King Institute of Preventive Medicine Micro-Biological Section reports 1909-11
Year: 1909
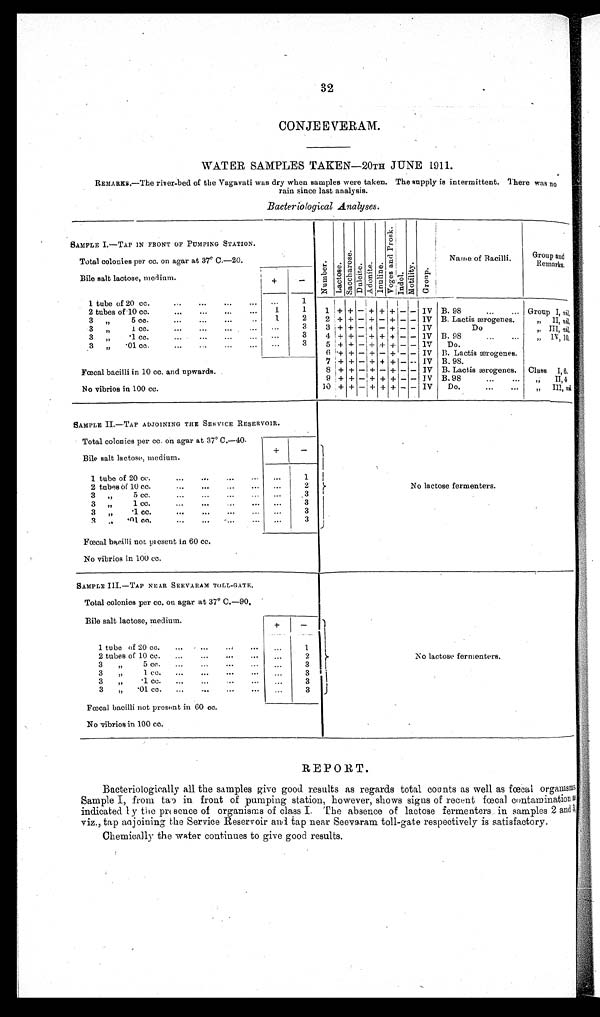
32
CONJEEVERAM.
WATER SAMPLES TAKEN—20TH JUNE 1911.
REMARKS.—The river-bed of the Vagavati was dry when samples were taken. The supply is intermittent. There was no
rain since last analysis.
Bacteriological Analyses.
SAMPLE I.—TAP IN FRONT OF PUMPING STATION.
N u m b e r . Lact os e.
S a c c h a r o s e .
Du l c i t e .
Ad o n i t e . I nul i ne.
Vo g e s a n d P r o s k . Indol .
Mot i l i t y.
Gr o u p .
Name of Bacilli.
Group and
Remarks.
Total colonies per cc. on agar at 37° C.–20.
Bile salt lactose, medium.
+
-
1 tube of 20 cc.
...
...
...
. . . . . .
1
1 + + - + + + - - IV B. 98
...
... Group I, nil .
2 tubes of 10 cc.
...
...
...
...
1
1
3 „ 5 cc.
...
...
...
. . 1
2
2 + + - + - + - - IV B. Lactis ærogenes.
„ I I ,
n i l
.
3 „ 1 cc.
...
...
...
. . .
. . .
3
3 + + - + - + - - IV
Do
„ III, nil.
3 „ .1 cc.
...
...
...
...
. . .
3
4 + + - + + + - - IV B. 98
„ I V , 1 0 .
3 „ .01 cc.
...
...
...
. . .
3
5 + + - + + + - - IV Do.
Fœcal bacilli in 10 cc. and upwards.
6 + + - + - + - - IV B. Lactis ærogenes.
7 + + - + + + - - IV B.98.
8 + + - + - + - - IV B. Lactis ærogenes. Class I, 6.
9 + + - + + + - - IV B.98
...
... „ II, 4.
No vibrios in 100 cc.
10 + + - + + + - - IV
Do.
...
...
„ III, nil.
SAMPLE II.—TAP ADJOINING THE SERVICE RESERVOIR.
Total colonies per cc. on agar at 37° C.–40.
Bile salt lactose, medium.
+
-
No lactose fermenters.
1 tube of 20 cc.
... ...
...
...
...
1
2 tubes of 10 cc.
... ... ... ... ...
2
3 „ 5 cc.
...
...
...
...
...
3
3 „ 1 cc.
...
...
...
... ...
3
3 „ .1 cc.
...
...
...
... ...
3
3 „ .01 cc....
...
...
... ...
3
Fœcal bacilli not present in 60 cc.
No vibrios in 100 cc.
SAMPLE III.—TAP NEAR SEEVARAM TOLL-GATE.
Total colonies per cc. on agar at 37° C.–90.
Bile salt lactose, medium.
+
-
No lactose fermenters.
1 tube of 20 cc.
...
...
... ...
...
1
2 tubes of 10 cc.
...
...
...
...
...
2
3 „ 5 cc.
...
...
. . .
...
...
3
3 „ 1 cc.
...
...
. . .
...
...
3
3 „ .1 cc.
...
...
... ...
...
3
3 „ .01 cc.
...
...
...
...
...
3
Fœcal bacilli not present in 60 cc.
No vibrios in 100 cc.
REPORT.
Bacteriologically all the samples give good results as regards total counts as well as fœcal organisms.
Sample I, from tap in front of pumping station, however, shows signs of recent fœcal contamination as
indicated by the presence of organisms of class I. The absence of lactose fermenters in samples 2 and 3,
viz., tap adjoining the Service Reservoir and tap near Seevaram toll-gate respectively is satisfactory.
Chemically the water continues to give good results.